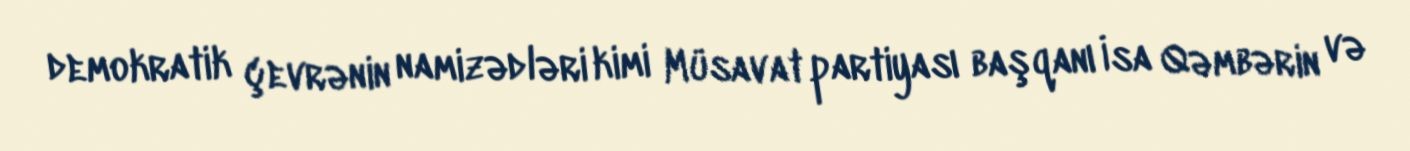
demokratik çevrənin namizədləri kimi Müsavat partiyası başqanı İsa Qəmbərin və